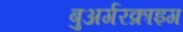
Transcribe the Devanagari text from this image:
बुअर्गरक्राइग